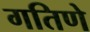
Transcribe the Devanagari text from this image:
गतिणे